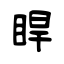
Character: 睅